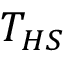
T _ { H S }